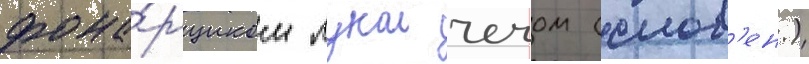
фона́рщиком лукои чечом (слов'ен.)